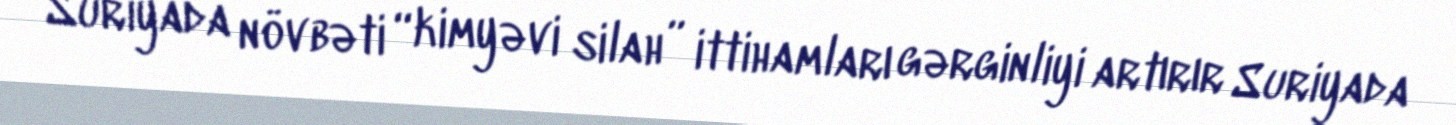
Suriyada növbəti “kimyəvi silah” ittihamları gərginliyi artırır Suriyada